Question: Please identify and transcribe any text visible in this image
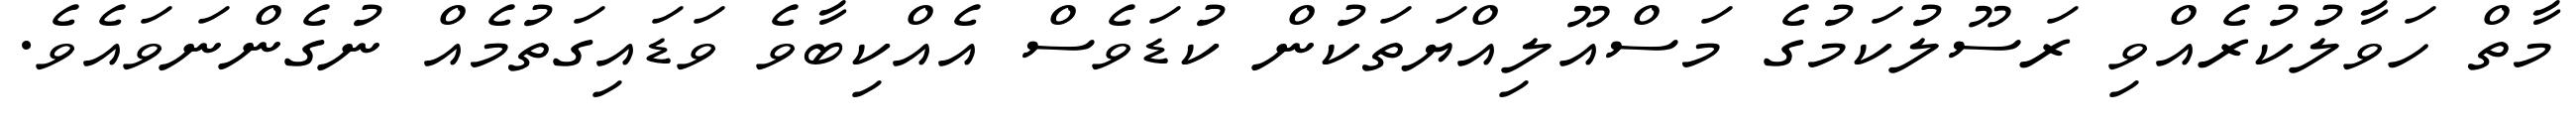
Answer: މާތް ހަވާލުކުރެއްވި ރަސޫލުކަމުގެ މަސްއޫލިއްޔަތަކުން ކުޑަވެސް އެއްކިބާވެ ވަޑައިގަތުމެއް ނުގެންނަވައެވެ.